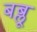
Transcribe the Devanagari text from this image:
बब्लू